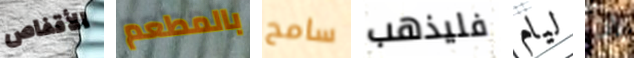
الأقفاص بالمطعم سامح فليذهب ليام إن